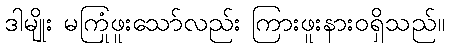
ဒါမျိုး မကြုံဖူးသော်လည်း ကြားဖူးနားဝရှိသည်။